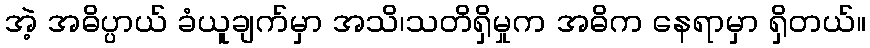
အဲ့ အဓိပ္ပာယ် ခံယူချက်မှာ အသိ၊သတိရှိမှုက အဓိက နေရာမှာ ရှိတယ်။